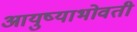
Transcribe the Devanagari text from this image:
आयुष्याभोवती